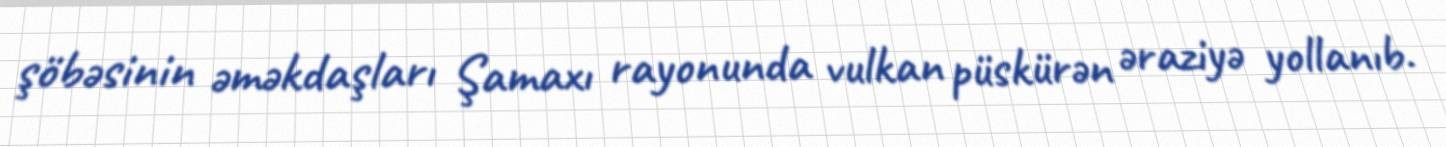
şöbəsinin əməkdaşları Şamaxı rayonunda vulkan püskürən əraziyə yollanıb.